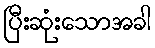
ပြီးဆုံးသောအခါ